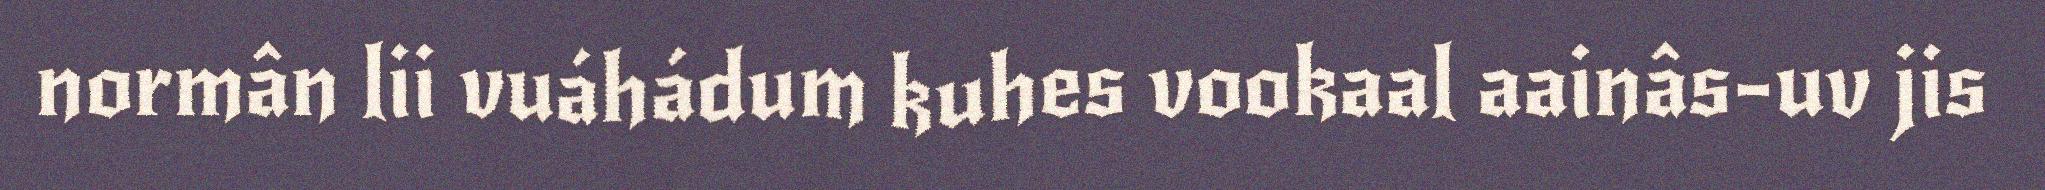
normân lii vuáhádum kuhes vookaal aainâs-uv jis